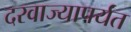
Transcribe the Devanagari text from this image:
दरवाज्यापर्यंत